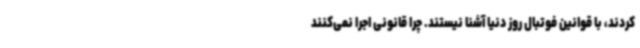
کردند، با قوانین فوتبال روز دنیا آشنا نیستند. چرا قانونی اجرا نمی‌کنند